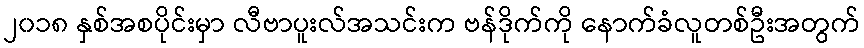
၂၀၁၈ နှစ်အစပိုင်းမှာ လီဗာပူးလ်အသင်းက ဗန်ဒိုက်ကို နောက်ခံလူတစ်ဦးအတွက်